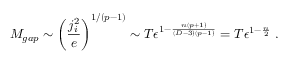
M _ { g a p } \sim \left( { \frac { j _ { i } ^ { 2 } } { e } } \right) ^ { 1 / ( p - 1 ) } \sim T \epsilon ^ { 1 - { \frac { n ( p + 1 ) } { ( D - 3 ) ( p - 1 ) } } } = T \epsilon ^ { 1 - { \frac { n } { 2 } } } \ .